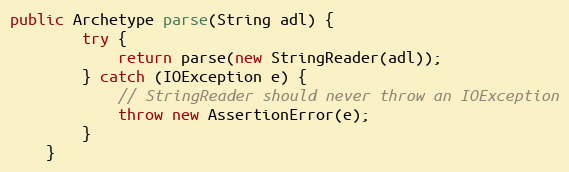
Language: Java
public Archetype parse(String adl) {
        try {
            return parse(new StringReader(adl));
        } catch (IOException e) {
            // StringReader should never throw an IOException
            throw new AssertionError(e);
        }
    }